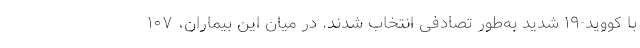
با کووید-۱۹ شدید به‌طور تصادفی انتخاب شدند. در میان این بیماران، ۱۰۷